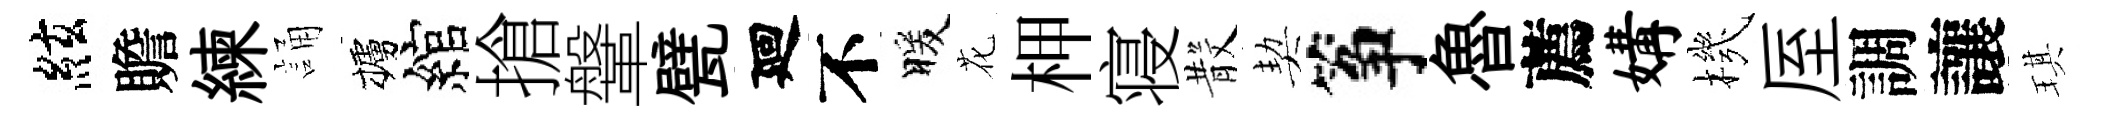
絃贍練誦櫨綰搶鞶甓廻不暖花柙寝𣪚契筝魯薦媾機厔調讓琪